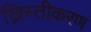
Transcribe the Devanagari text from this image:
ख्रिस्तीकरण